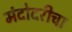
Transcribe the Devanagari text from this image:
मंदोदरीचा